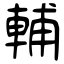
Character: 輔